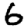
Digit: 6